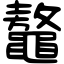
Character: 鼇